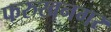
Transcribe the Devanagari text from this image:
फरुखनगर